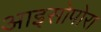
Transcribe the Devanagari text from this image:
आइसोपोरा